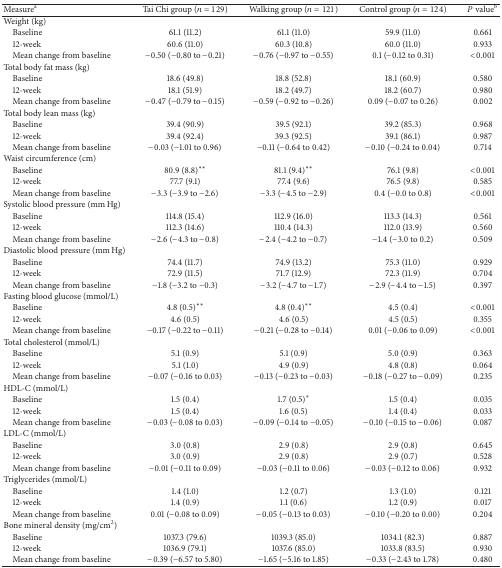
<table><thead><tr><td><b>Measure<sup>a</sup></b></td><td><b>Tai Chi group (<i>n</i> = 129)</b></td><td><b>Walking group (<i>n</i> = 121)</b></td><td><b>Control group (<i>n</i> = 124)</b></td><td><b><i>P</i> value<sup>b</sup></b></td></tr></thead><tbody><tr><td>Weight (kg)</td><td> </td><td> </td><td> </td><td> </td></tr><tr><td> Baseline</td><td>61.1 (11.2)</td><td>61.1 (11.0)</td><td>59.9 (11.0)</td><td>0.661</td></tr><tr><td> 12-week</td><td>60.6 (11.0)</td><td>60.3 (10.8)</td><td>60.0 (11.0)</td><td>0.933</td></tr><tr><td> Mean change from baseline</td><td>−0.50 (−0.80 to −0.21)</td><td>−0.76 (−0.97 to −0.55)</td><td>0.1 (−0.12 to 0.31)</td><td>&lt;0.001</td></tr><tr><td>Total body fat mass (kg)</td><td> </td><td> </td><td> </td><td> </td></tr><tr><td> Baseline</td><td>18.6 (49.8)</td><td>18.8 (52.8)</td><td>18.1 (60.9)</td><td>0.580</td></tr><tr><td> 12-week</td><td>18.1 (51.9)</td><td>18.2 (49.7)</td><td>18.2 (60.7)</td><td>0.980</td></tr><tr><td> Mean change from baseline</td><td>−0.47 (−0.79 to −0.15)</td><td>−0.59 (−0.92 to −0.26)</td><td>0.09 (−0.07 to 0.26)</td><td>0.002</td></tr><tr><td>Total body lean mass (kg)</td><td> </td><td> </td><td> </td><td> </td></tr><tr><td> Baseline</td><td>39.4 (90.9)</td><td>39.5 (92.1)</td><td>39.2 (85.3)</td><td>0.968</td></tr><tr><td> 12-week</td><td>39.4 (92.4)</td><td>39.3 (92.5)</td><td>39.1 (86.1)</td><td>0.987</td></tr><tr><td> Mean change from baseline</td><td>−0.03 (−1.01 to 0.96)</td><td>−0.11 (−0.64 to 0.42)</td><td>−0.10 (−0.24 to 0.04)</td><td>0.714</td></tr><tr><td>Waist circumference (cm)</td><td> </td><td> </td><td> </td><td> </td></tr><tr><td> Baseline</td><td>80.9 (8.8)<sup><i>∗∗</i></sup></td><td>81.1 (9.4)<sup><i>∗∗</i></sup></td><td>76.1 (9.8)</td><td>&lt;0.001</td></tr><tr><td> 12-week</td><td>77.7 (9.1)</td><td>77.4 (9.6)</td><td>76.5 (9.8)</td><td>0.585</td></tr><tr><td> Mean change from baseline</td><td>−3.3 (−3.9 to −2.6)</td><td>−3.3 (−4.5 to −2.9)</td><td>0.4 (−0.0 to 0.8)</td><td>&lt;0.001</td></tr><tr><td>Systolic blood pressure (mm Hg)</td><td> </td><td> </td><td> </td><td> </td></tr><tr><td> Baseline</td><td>114.8 (15.4)</td><td>112.9 (16.0)</td><td>113.3 (14.3)</td><td>0.561</td></tr><tr><td> 12-week</td><td>112.3 (14.6)</td><td>110.4 (14.3)</td><td>112.0 (13.9)</td><td>0.560</td></tr><tr><td> Mean change from baseline</td><td>−2.6 (−4.3 to −0.8)</td><td>−2.4 (−4.2 to −0.7)</td><td>−1.4 (−3.0 to 0.2)</td><td>0.509</td></tr><tr><td>Diastolic blood pressure (mm Hg)</td><td> </td><td> </td><td> </td><td> </td></tr><tr><td> Baseline</td><td>74.4 (11.7)</td><td>74.9 (13.2)</td><td>75.3 (11.0)</td><td>0.929</td></tr><tr><td> 12-week</td><td>72.9 (11.5)</td><td>71.7 (12.9)</td><td>72.3 (11.9)</td><td>0.704</td></tr><tr><td> Mean change from baseline</td><td>−1.8 (−3.2 to −0.3)</td><td>−3.2 (−4.7 to −1.7)</td><td>−2.9 (−4.4 to −1.5)</td><td>0.397</td></tr><tr><td>Fasting blood glucose (mmol/L)</td><td> </td><td> </td><td> </td><td> </td></tr><tr><td> Baseline</td><td>4.8 (0.5)<sup><i>∗∗</i></sup></td><td>4.8 (0.4)<sup><i>∗∗</i></sup></td><td>4.5 (0.4)</td><td>&lt;0.001</td></tr><tr><td> 12-week</td><td>4.6 (0.5)</td><td>4.6 (0.5)</td><td>4.5 (0.5)</td><td>0.355</td></tr><tr><td> Mean change from baseline</td><td>−0.17 (−0.22 to −0.11)</td><td>−0.21 (−0.28 to −0.14)</td><td>0.01 (−0.06 to 0.09)</td><td>&lt;0.001</td></tr><tr><td>Total cholesterol (mmol/L)</td><td> </td><td> </td><td> </td><td> </td></tr><tr><td> Baseline</td><td>5.1 (0.9)</td><td>5.1 (0.9)</td><td>5.0 (0.9)</td><td>0.363</td></tr><tr><td> 12-week</td><td>5.1 (1.0)</td><td>4.9 (0.9)</td><td>4.8 (0.8)</td><td>0.064</td></tr><tr><td> Mean change from baseline</td><td>−0.07 (−0.16 to 0.03)</td><td>−0.13 (−0.23 to −0.03)</td><td>−0.18 (−0.27 to −0.09)</td><td>0.235</td></tr><tr><td>HDL-C (mmol/L)</td><td> </td><td> </td><td> </td><td> </td></tr><tr><td> Baseline</td><td>1.5 (0.4)</td><td>1.7 (0.5)<sup><i>∗</i></sup></td><td>1.5 (0.4)</td><td>0.035</td></tr><tr><td> 12-week</td><td>1.5 (0.4)</td><td>1.6 (0.5)</td><td>1.4 (0.4)</td><td>0.033</td></tr><tr><td> Mean change from baseline</td><td>−0.03 (−0.08 to 0.03)</td><td>−0.09 (−0.14 to −0.05)</td><td>−0.10 (−0.15 to −0.06)</td><td>0.087</td></tr><tr><td>LDL-C (mmol/L)</td><td> </td><td> </td><td> </td><td> </td></tr><tr><td> Baseline</td><td>3.0 (0.8)</td><td>2.9 (0.8)</td><td>2.9 (0.8)</td><td>0.645</td></tr><tr><td> 12-week</td><td>3.0 (0.9)</td><td>2.9 (0.8)</td><td>2.9 (0.7)</td><td>0.528</td></tr><tr><td> Mean change from baseline</td><td>−0.01 (−0.11 to 0.09)</td><td>−0.03 (−0.11 to 0.06)</td><td>−0.03 (−0.12 to 0.06)</td><td>0.932</td></tr><tr><td>Triglycerides (mmol/L)</td><td> </td><td> </td><td> </td><td> </td></tr><tr><td> Baseline</td><td>1.4 (1.0)</td><td>1.2 (0.7)</td><td>1.3 (1.0)</td><td>0.121</td></tr><tr><td> 12-week</td><td>1.4 (0.9)</td><td>1.1 (0.6)</td><td>1.2 (0.9)</td><td>0.017</td></tr><tr><td> Mean change from baseline</td><td>0.01 (−0.08 to 0.09)</td><td>−0.05 (−0.13 to 0.03)</td><td>−0.10 (−0.20 to 0.00)</td><td>0.204</td></tr><tr><td>Bone mineral density (mg/cm<sup>2</sup>)</td><td> </td><td> </td><td> </td><td> </td></tr><tr><td> Baseline</td><td>1037.3 (79.6)</td><td>1039.3 (85.0)</td><td>1034.1 (82.3)</td><td>0.887</td></tr><tr><td> 12-week</td><td>1036.9 (79.1)</td><td>1037.6 (85.0)</td><td>1033.8 (83.5)</td><td>0.930</td></tr><tr><td> Mean change from baseline</td><td>−0.39 (−6.57 to 5.80)</td><td>−1.65 (−5.16 to 1.85)</td><td>−0.33 (−2.43 to 1.78)</td><td>0.480</td></tr></tbody></table>